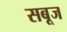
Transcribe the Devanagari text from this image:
सबूज